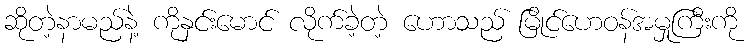
ဆိုတဲ့နာမည်နဲ့ ကိုနှင်းမောင် လိုက်ခဲ့တဲ့ ဟောသည် မြိုင်ဟေဝန်အမှုကြီးကို